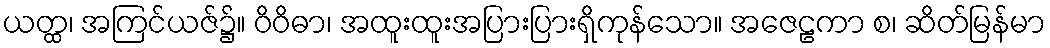
ယတ္ထ၊ အကြင်ယဇ်၌။ ဝိဝိဓာ၊ အထူးထူးအပြားပြားရှိကုန်သော။ အဇေဠကာ စ၊ ဆိတ်မြန်မာ